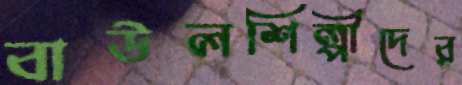
বাউলশিল্পীদের